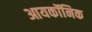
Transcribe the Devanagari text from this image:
आयकॉनिक